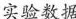
实验数据